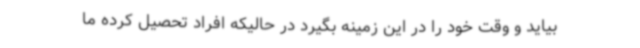
بیاید و وقت خود را در این زمینه بگیرد در حالیکه افراد تحصیل کرده ما